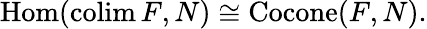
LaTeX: \operatorname{Hom}(\operatorname{colim}F,N)\cong\operatorname{Cocone}(F,N).